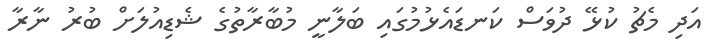
އަދި މެޗު ކުޅޭ ދުވަސް ކަނޑައެޅުމުގައި ބަލާނީ މުބާރާތުގެ ޝެޑިއުލަށް ބުރު ނާރާ